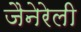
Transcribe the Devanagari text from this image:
जैनेरेली